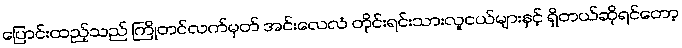
ပြောင်းထည့်သည် ကြိုတင်လက်မှတ် အင်းလေလံ တိုင်းရင်းသားလူငယ်များနှင့် ရှိတယ်ဆိုရင်တော့